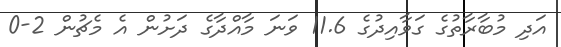
އަދި މުބާރާތުގެ ގަވާއިދުގެ 11.6 ވަނަ މާއްދާގެ ދަށުން އެ މެޗުން 2-0